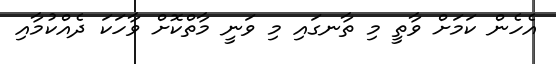
އެހެން ކަމަށް ވާތީ މި ތާނގައި މި ވަނީ މާތްކޮށް ވާހަކަ ދެއްކުމާއި